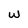
Character: w